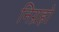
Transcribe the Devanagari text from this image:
निग्रहो